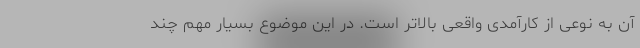
آن به نوعی از کارآمدی واقعی بالاتر است. در این موضوع بسیار مهم چند